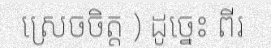
ស្រេចចិត្ត ) ដូច្នេះ ពីរ